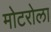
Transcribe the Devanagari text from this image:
मोटरोला